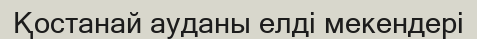
Қостанай ауданы елді мекендері